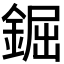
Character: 𨧱